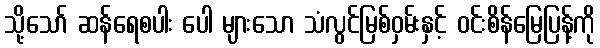
သို့သော် ဆန်ရေစပါး ပေါ များသော သံလွင်မြစ်ဝှမ်းနှင့် ဝင်းစိန်မြေပြန့်ကို